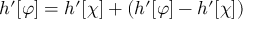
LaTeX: h ^ { \prime } [ \varphi ] = h ^ { \prime } [ \chi ] + \left( h ^ { \prime } [ \varphi ] - h ^ { \prime } [ \chi ] \right)